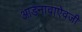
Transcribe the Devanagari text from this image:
आडनावाऐवजी